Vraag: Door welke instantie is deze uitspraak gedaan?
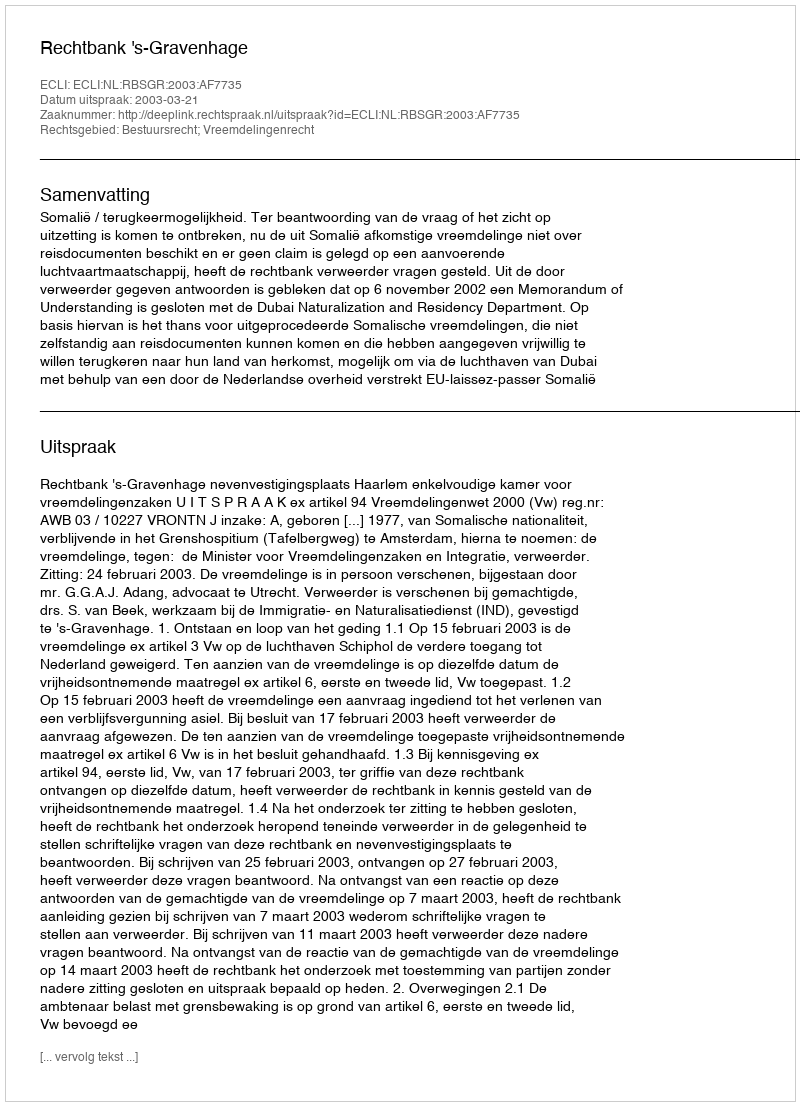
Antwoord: Rechtbank 's-Gravenhage